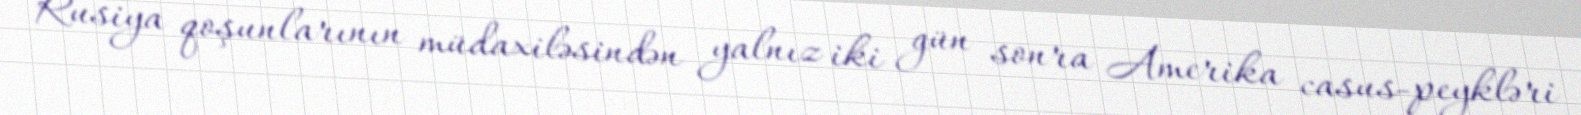
Rusiya qoşunlarının müdaxiləsindən yalnız iki gün sonra Amerika casus-peykləri